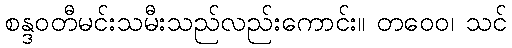
စန္ဒဝတီမင်းသမီးသည်လည်းကောင်း။ တဝေဝ၊ သင်